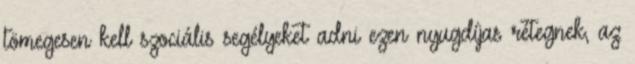
tömegesen kell szociális segélyeket adni ezen nyugdíjas rétegnek, az